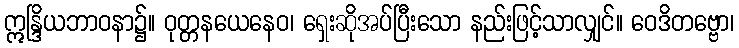
ဣန္ဒြိယဘာဝနာ၌။ ဝုတ္တနယေနေဝ၊ ရှေးဆိုအပ်ပြီးသော နည်းဖြင့်သာလျှင်။ ဝေဒိတဗ္ဗော၊